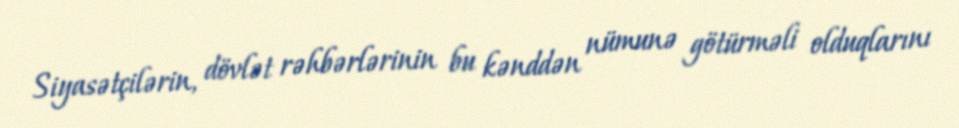
Siyasətçilərin, dövlət rəhbərlərinin bu kənddən nümunə götürməli olduqlarını